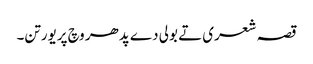
قصہ شعری تے بولی دے پدھر وچ پریورتن۔